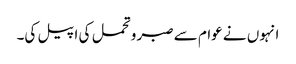
انہوں نے عوام سے صبر وتحمل کی اپیل کی۔